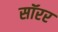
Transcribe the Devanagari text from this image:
सॉरर